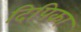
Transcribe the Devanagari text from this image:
दिपिका